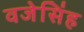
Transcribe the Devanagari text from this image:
वजेसिंह